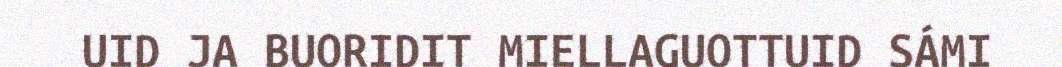
UID JA BUORIDIT MIELLAGUOTTUID SÁMI